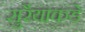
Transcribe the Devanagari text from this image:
सुरैयाकडे